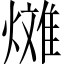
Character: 𪹰